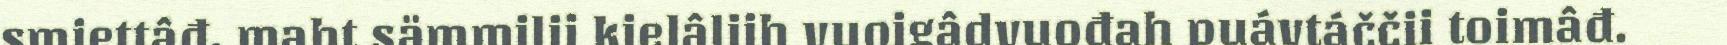
smiettâđ, maht sämmilij kielâliih vuoigâdvuođah puávtáččii toimâđ.